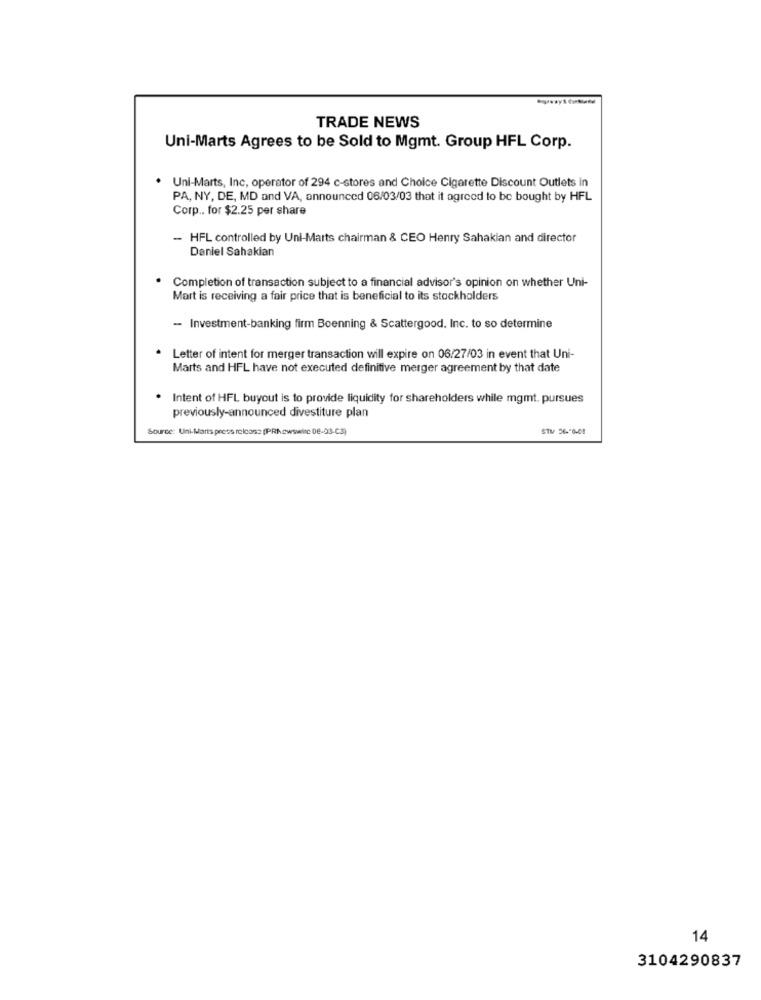
TRADE NEWS
Uni-Marts Agrees to be Sold to Mgmt. Group HFL Corp.
Uni-Marts, Inc, operator of 294 c-stores and Choice Cigarette Discount Outlets in
PA, NY, DE, MD and VA, announced 06/03/03 that it agreed to be bought by HFL
Corp .. for $2.25 per share
- HFL controlled by Uni-Marts chairman & CEO Henry Sahakian and director
Daniel Sahakian
Completion of transaction subject to a financial advisor's opinion on whether Uni-
Mart is receiving a fair price that is beneficial to its stockholders
- Investment-banking firm Boenning & Scattergood. Inc. to so determine
· Letter of intent for merger transaction will expire on 06/27/03 in event that Uni-
Marts and HFL have not executed definitive merger agreement by that date
. Intent of HFL buyout is to provide liquidity for shareholders while mgmt. pursues
previously-announced divestiture plan
Source: Uni-Marta press release [PRA cwswire 08-03-c3)
STM 26-56-01
14
3104290837